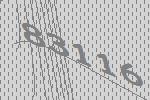
83116